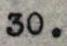
30.